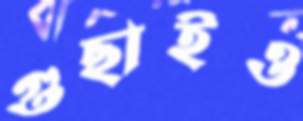
গুছাইও